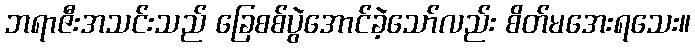
ဘရာဇီးအသင်းသည် ခြေစစ်ပွဲအောင်ခဲ့သော်လည်း စိတ်မအေးရသေး။